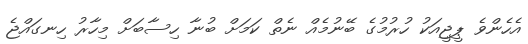
އެހެންވެ ޕީޖީއަކު ހުރުމުގެ ބޭނުމެއް ނެތް ކަމަށް ބުނާ ހިސާބަށް މިހާރު ހިނގައްޖެ